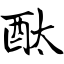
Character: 酞